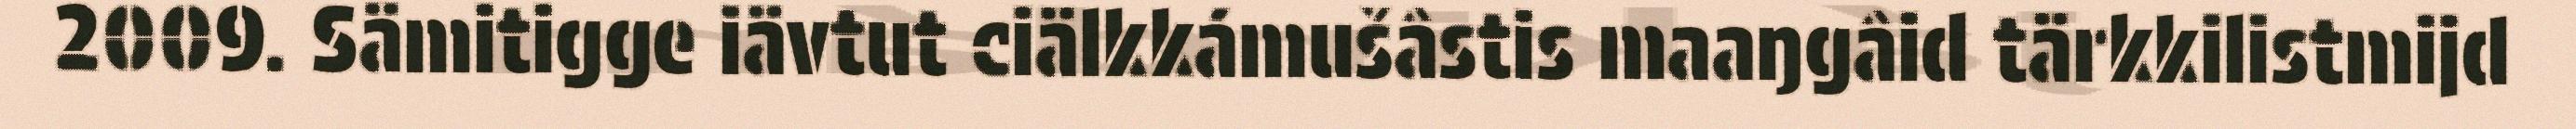
2009. Sämitigge iävtut ciälkkámušâstis maaŋgâid tärkkilistmijd